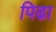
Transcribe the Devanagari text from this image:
पिढा